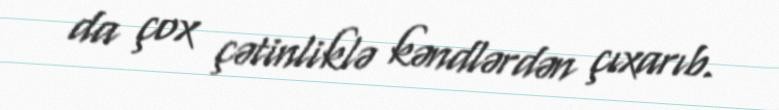
da çox çətinliklə kəndlərdən çıxarıb.